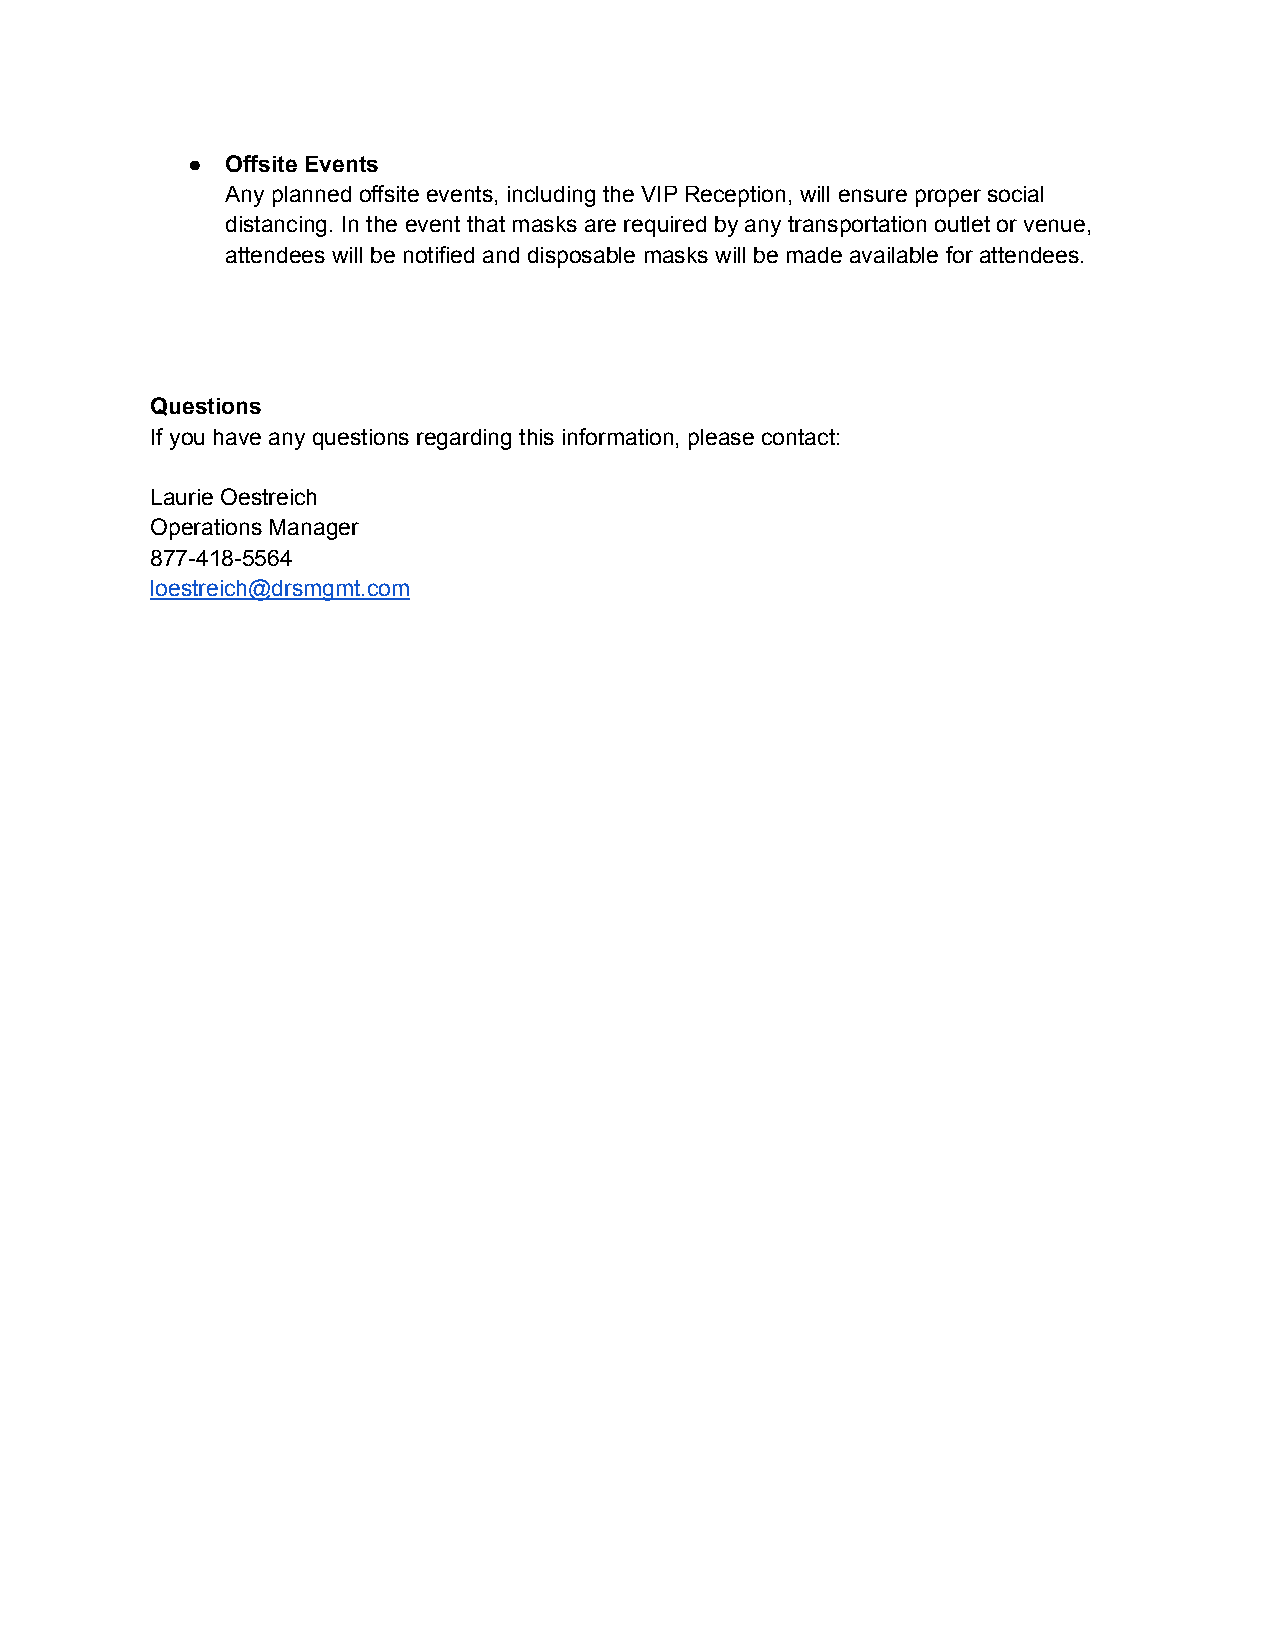
●  Offsite Events
 Any planned offsite events, including the VIP Reception, will ensure proper social
 distancing. In the event that masks are required by any transportation outlet or venue,
 attendees will be notified and disposable masks will be made available for attendees.
 Questions
 If you have any questions regarding this information, please contact:
 Laurie Oestreich
 Operations Manager
 877-418-5564
 loestreich@drsmgmt.com